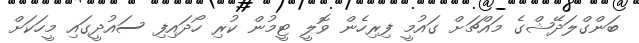
ބަންގްލަދޭޝްގެ މައްޗަށް ގައުމީ ފިރިހެން ވޮލީ ޓީމުން ކުރި ހޯދައިފި ސައުދީގައި މީހަކަށް